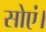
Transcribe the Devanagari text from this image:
सोएं।